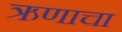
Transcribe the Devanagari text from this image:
ऋणाचा